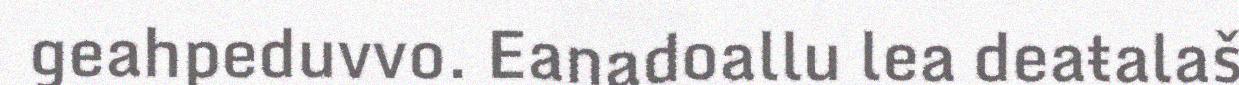
geahpeduvvo. Eanadoallu lea deaŧalaš